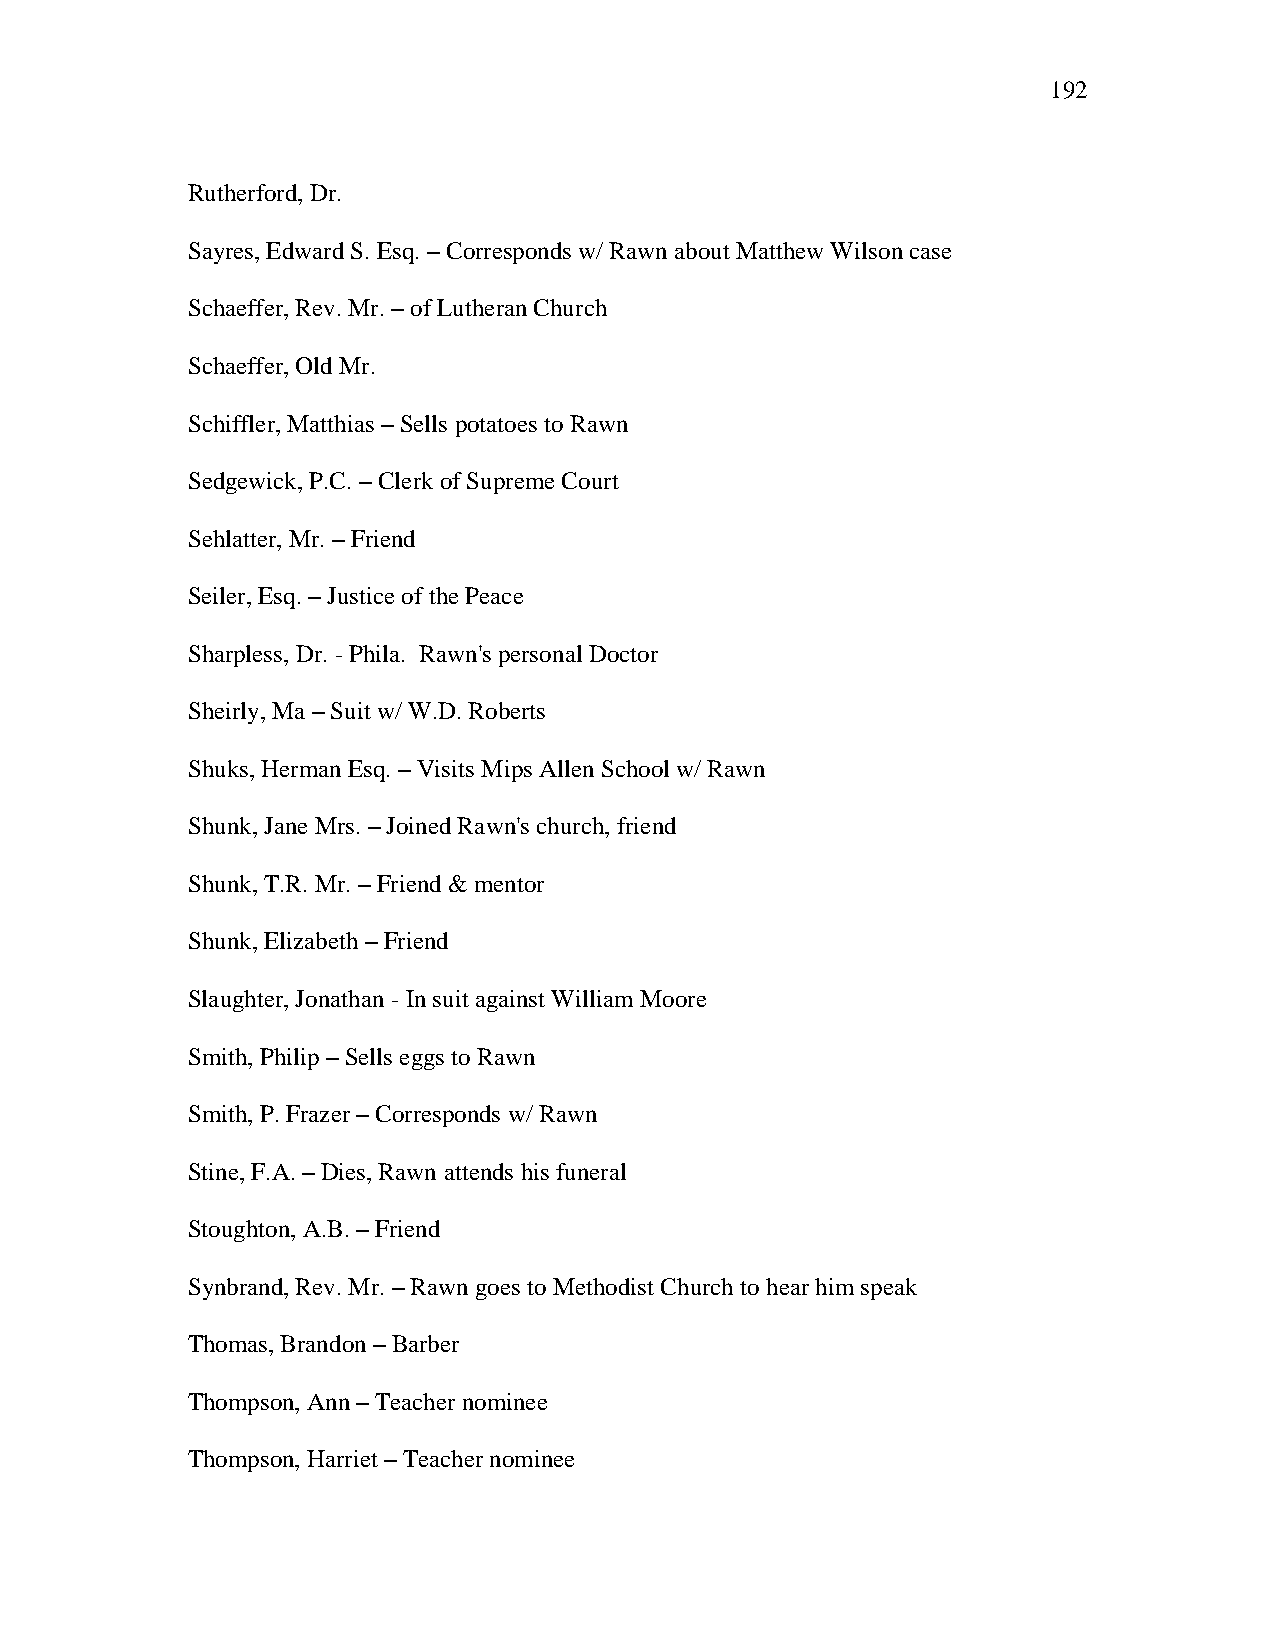
192
 Rutherford, Dr.
 Sayres, Edward S. Esq. – Corresponds w/ Rawn about Matthew Wilson case
 Schaeffer, Rev. Mr. – of Lutheran Church
 Schaeffer, Old Mr.
 Schiffler, Matthias – Sells potatoes to Rawn
 Sedgewick, P.C. – Clerk of Supreme Court
 Sehlatter, Mr. – Friend
 Seiler, Esq. – Justice of the Peace
 Sharpless, Dr. - Phila. Rawn's personal Doctor
 Sheirly, Ma – Suit w/ W.D. Roberts
 Shuks, Herman Esq. – Visits Mips Allen School w/ Rawn
 Shunk, Jane Mrs. – Joined Rawn's church, friend
 Shunk, T.R. Mr. – Friend & mentor
 Shunk, Elizabeth – Friend
 Slaughter, Jonathan - In suit against William Moore
 Smith, Philip – Sells eggs to Rawn
 Smith, P. Frazer – Corresponds w/ Rawn
 Stine, F.A. – Dies, Rawn attends his funeral
 Stoughton, A.B. – Friend
 Synbrand, Rev. Mr. – Rawn goes to Methodist Church to hear him speak
 Thomas, Brandon – Barber
 Thompson, Ann – Teacher nominee
 Thompson, Harriet – Teacher nominee